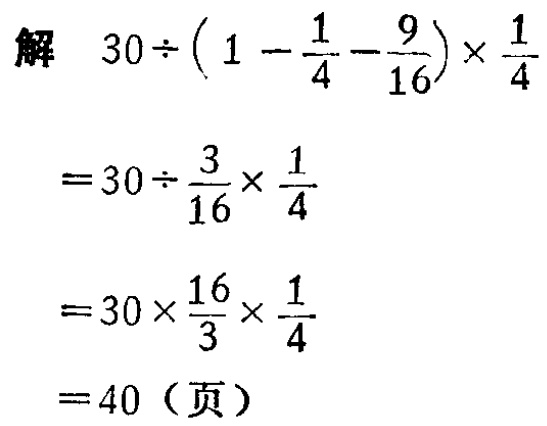
解 \(30\div\left(1 - \frac{1}{4} - \frac{9}{16}\right)\times\frac{1}{4}\)

\(=30\div\frac{3}{16}\times\frac{1}{4}\)

\(=30\times\frac{16}{3}\times\frac{1}{4}\)

\(=40\)（页）